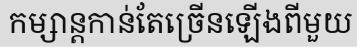
កម្សាន្តកាន់តែច្រើនឡើងពីមួយ